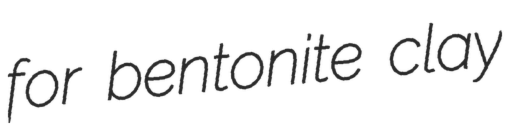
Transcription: for bentonite clay